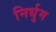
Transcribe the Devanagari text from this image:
निर्धुम